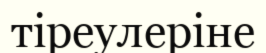
тіреулеріне